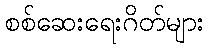
စစ်ဆေးရေးဂိတ်များ